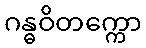
ဂန္ဓဝိတက္ကော